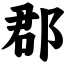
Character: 郡